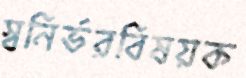
স্বনির্ভরবিষয়ক